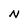
Character: N